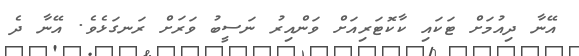
އޭނާ ދިއުމަށް ޓަކައި ކާކޮޓަރިއަށް ވަންއިރު ނަސީބު ވަރަށް ރަނގަޅެވެ. އޭނާ ދެ